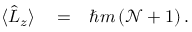
\begin{array} { r l r } { \langle \hat { L } _ { z } \rangle } & { { } = } & { \hbar m \left( { \mathcal N } + 1 \right) . } \end{array}